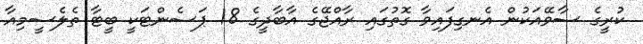
ކުރީގެ ސާވޭއަކުން އެނގިފައިވާ ގޮތުގައި ރާއްޖޭގެ އާބާދީގެ 18 ޕަސެންޓަކީ ބީޓާ ތެލެސީމިއާ